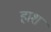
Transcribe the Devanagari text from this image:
हाश